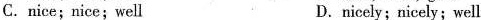
C.nice;nice;well D.nicely;nicely;well